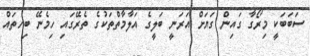
ސަބަބަކީ މިރޯގާ ގައިން ގަޔަށް އަރަނީ ބަލީގެ އަލާމާތްތަކުގެ ތެރޭގައި ހިމެނޭ ބިހތައް